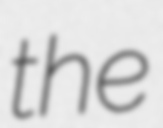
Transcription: the